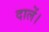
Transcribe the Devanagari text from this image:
दालें।